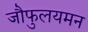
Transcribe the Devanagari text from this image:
जौफुलयमन